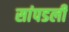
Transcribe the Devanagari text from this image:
सांपडली